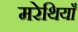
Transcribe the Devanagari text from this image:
मरेथियाँ